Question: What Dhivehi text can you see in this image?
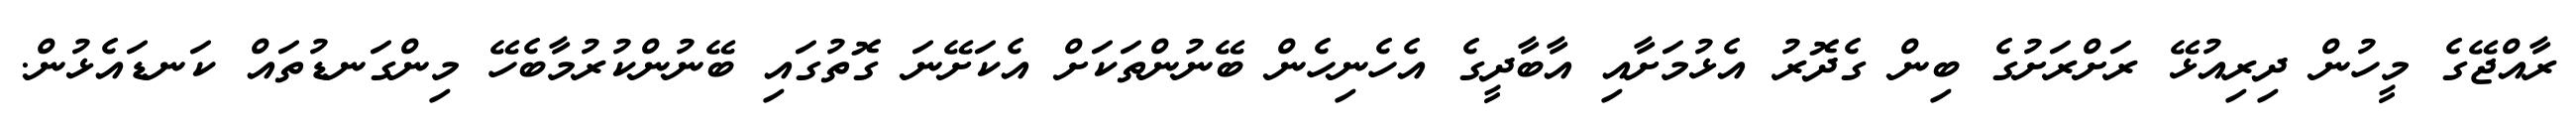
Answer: ރާއްޖޭގެ މީހުން ދިރިއުޅޭ ރަށްރަށުގެ ބިން ގެދޮރު އެޅުމަށާއި އާބާދީގެ އެހެނިހެން ބޭނުންތަކަށް އެކަށޭނަ ގޮތުގައި ބޭނުންކުރުމާބެހޭ މިންގަނޑުތައް ކަނޑައެޅުން.